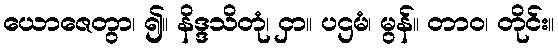
ယောဇေတွာ၊ ၍။ နိဒ္ဒသိတုံ၊ ငှာ။ ပဌမံ၊ မွန်။ တာဝ၊ တိုင်း။